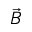
\Vec { B }